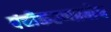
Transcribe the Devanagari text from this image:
पंचीकरणप्रबोध